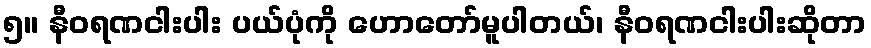
၅။ နီဝရဏငါးပါး ပယ်ပုံကို ဟောတော်မူပါတယ်၊ နီဝရဏငါးပါးဆိုတာ